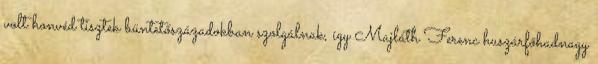
volt honvéd tisztek büntetőszázadokban szolgálnak, így Majláth Ferenc huszárfőhadnagy